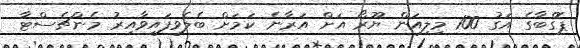
ޕޮގްބާގެ އަގު 100 މިލިއަން ޔޫރޯ އަށް އަރާނެ ކަމަށް ބެލެވިފައިވާއިރު މެންޗެސްޓާ